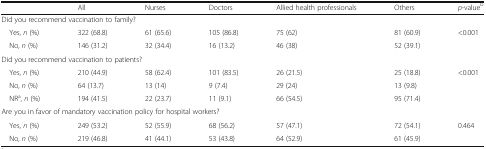
<table><thead><tr><td></td><td><b>All</b></td><td><b>Nurses</b></td><td><b>Doctors</b></td><td><b>Allied health professionals</b></td><td><b>Others</b></td><td><b><i>p</i>-value<sup>b</sup></b></td></tr></thead><tbody><tr><td colspan="7">Did you recommend vaccination to family?</td></tr><tr><td> Yes, <i>n</i> (%)</td><td>322 (68.8)</td><td>61 (65.6)</td><td>105 (86.8)</td><td>75 (62)</td><td>81 (60.9)</td><td rowspan="2">&lt;0.001</td></tr><tr><td> No, <i>n</i> (%)</td><td>146 (31.2)</td><td>32 (34.4)</td><td>16 (13.2)</td><td>46 (38)</td><td>52 (39.1)</td></tr><tr><td colspan="7">Did you recommend vaccination to patients?</td></tr><tr><td> Yes, <i>n</i> (%)</td><td>210 (44.9)</td><td>58 (62.4)</td><td>101 (83.5)</td><td>26 (21.5)</td><td>25 (18.8)</td><td rowspan="2">&lt;0.001</td></tr><tr><td> No, <i>n</i> (%)</td><td>64 (13.7)</td><td>13 (14)</td><td>9 (7.4)</td><td>29 (24)</td><td>13 (9.8)</td></tr><tr><td> NR<sup>a</sup>, <i>n</i> (%)</td><td>194 (41.5)</td><td>22 (23.7)</td><td>11 (9.1)</td><td>66 (54.5)</td><td>95 (71.4)</td><td></td></tr><tr><td colspan="7">Are you in favor of mandatory vaccination policy for hospital workers?</td></tr><tr><td> Yes, <i>n</i> (%)</td><td>249 (53.2)</td><td>52 (55.9)</td><td>68 (56.2)</td><td>57 (47.1)</td><td>72 (54.1)</td><td rowspan="2">0.464</td></tr><tr><td> No, <i>n</i> (%)</td><td>219 (46.8)</td><td>41 (44.1)</td><td>53 (43.8)</td><td>64 (52.9)</td><td>61 (45.9)</td></tr></tbody></table>